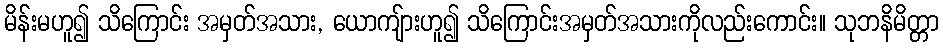
မိန်းမဟူ၍ သိကြောင်း အမှတ်အသား, ယောကျ်ားဟူ၍ သိကြောင်းအမှတ်အသားကိုလည်းကောင်း။ သုဘနိမိတ္တာ